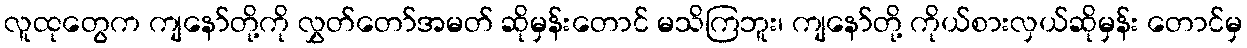
လူထုတွေက ကျနော်တို့ကို လွှတ်တော်အမတ် ဆိုမှန်းတောင် မသိကြဘူး၊ ကျနော်တို့ ကိုယ်စားလှယ်ဆိုမှန်း တောင်မှ